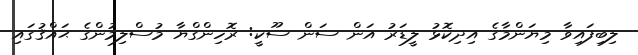
ލިބިފައިވާ މިޔަންމާގެ އިދިކޮޅު ލީޑަރު އަން ސަން ސޫކީ: ރޮހިންގްޔާ މުސްލިމުންގެ ޙައްޤުގައި